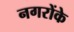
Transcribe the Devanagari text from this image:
नगरोंके